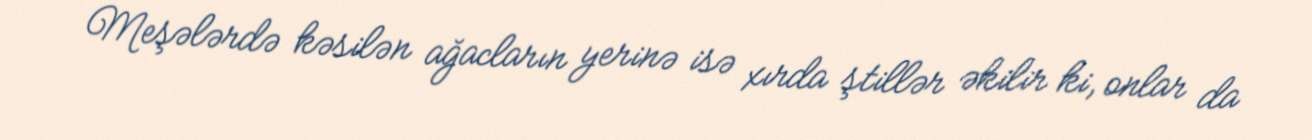
Meşələrdə kəsilən ağacların yerinə isə xırda ştillər əkilir ki, onlar da